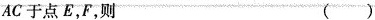
AC于点E，F，则 ()